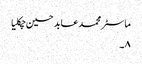
ماسٹر محمد عابد حسین چکلیا
۸۔